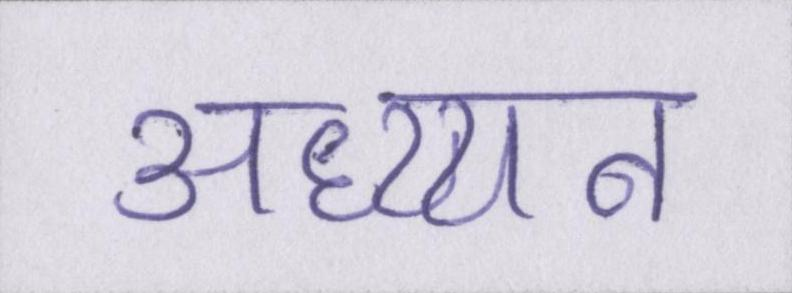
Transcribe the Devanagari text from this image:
अध्य्यन